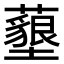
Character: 𮒰